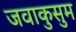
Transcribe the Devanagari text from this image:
जवाकुसुम